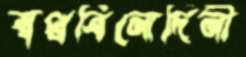
স্বপ্নবিনোদিনী